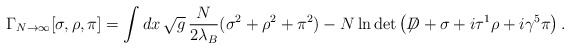
\begin{align*}\Gamma_{N \rightarrow \infty} [\sigma,\rho, \pi] = \int dx \,\sqrt{g} \, \frac{N}{2\lambda_B} (\sigma^2 + \rho^2+ \pi^2 ) -N \ln \det \left( \not{\!\! D} + \sigma + i \tau^1\rho + i\gamma^5\pi \right).\end{align*}